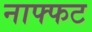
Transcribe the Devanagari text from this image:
नाफ्फट